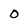
Character: O